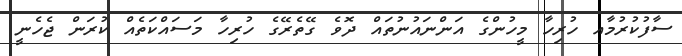
ސާފުކުރުމާއ ހުރިހާ މީހުންގެ އަންނައުނުތައް ދޮވެ ގޭތެރޭގެ ހުރިހާ މަސައްކަތެއް ކުރަން ޖެހެނީ